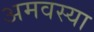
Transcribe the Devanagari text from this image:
अमवस्या